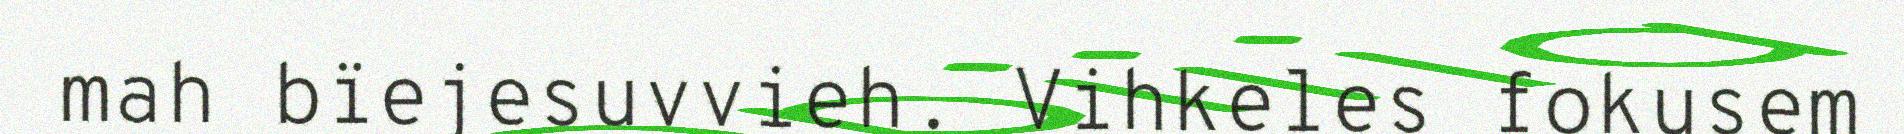
mah bïejesuvvieh. Vihkeles fokusem